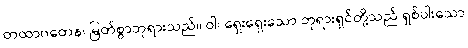
တထာဂတေန၊ မြတ်စွာဘုရားသည်။ ဝါ၊ ရှေးရှေးသော ဘုရားရှင်တို့သည် ရှစ်ပါးသော